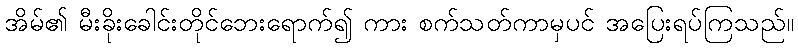
အိမ်၏ မီးခိုးခေါင်းတိုင်ဘေးရောက်၍ ကား စက်သတ်ကာမှပင် အပြေးရပ်ကြသည်။